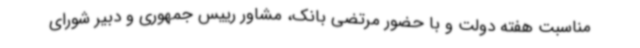
مناسبت هفته دولت و با حضور مرتضی بانک، مشاور رییس جمهوری و دبیر شورای